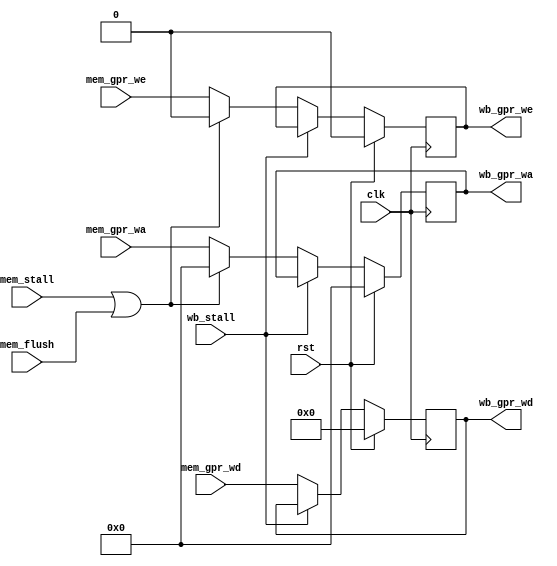
module ada_memwb_stage(
    input               clk,        
    input               rst,        
    input       [31:0]  mem_gpr_wd, 
    input       [4:0]   mem_gpr_wa, 
    input               mem_gpr_we, 
    input               mem_flush,  
    input               mem_stall,  
    input               wb_stall,   
    output  reg [31:0]  wb_gpr_wd,  
    output  reg [4:0]   wb_gpr_wa,  
    output  reg         wb_gpr_we   
    );
    always @(posedge clk) begin
        wb_gpr_wd <= (rst) ? 31'b0 : ((wb_stall) ? wb_gpr_wd                                  : mem_gpr_wd);
        wb_gpr_wa <= (rst) ? 5'b0  : ((wb_stall) ? wb_gpr_wa :((mem_stall | mem_flush) ? 5'b0 : mem_gpr_wa));
        wb_gpr_we <= (rst) ? 1'b0  : ((wb_stall) ? wb_gpr_we :((mem_stall | mem_flush) ? 1'b0 : mem_gpr_we));
    end
endmodule